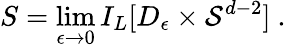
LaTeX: S=\operatorname*{lim}_{\epsilon\rightarrow 0}I_{L}[D_{\epsilon}\times{\cal S}^{d-2}]\ .